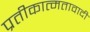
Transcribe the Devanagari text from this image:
प्रतीकात्मतावादी